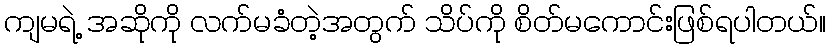
ကျမရဲ့ အဆိုကို လက်မခံတဲ့အတွက် သိပ်ကို စိတ်မကောင်းဖြစ်ရပါတယ်။